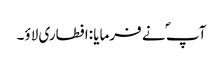
آپ ؐ نے فرمایا :افطاری لاؤ۔